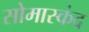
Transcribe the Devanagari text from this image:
सोमास्कंद